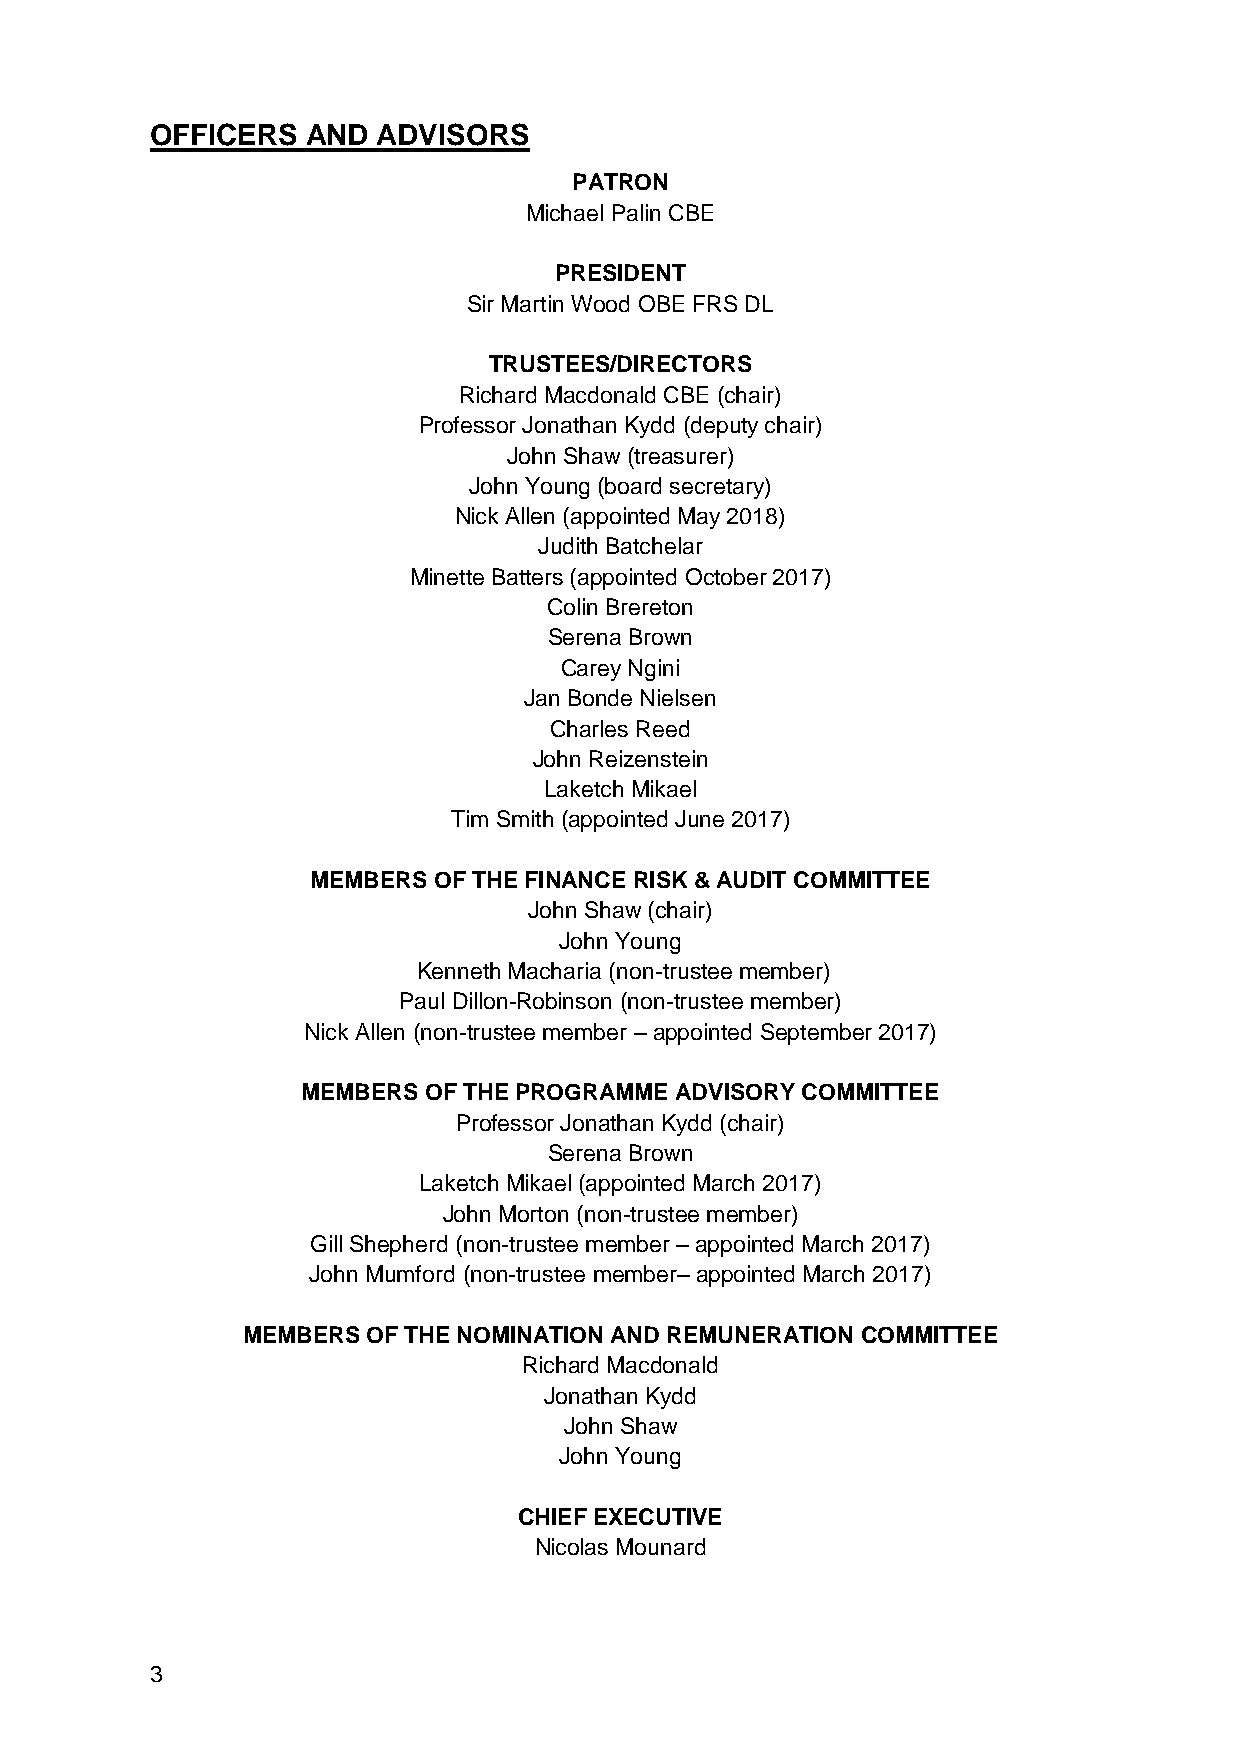
OFFICERS  AND  ADVISORS
 PATRON
 Michael Palin CBE
 PRESIDENT
 Sir Martin Wood OBE FRS DL
 TRUSTEES/DIRECTORS
 Richard Macdonald CBE (chair)
 Professor Jonathan Kydd (deputy chair)
 John Shaw (treasurer)
 John Young (board secretary)
 Nick Allen (appointed May 2018)
 Judith Batchelar
 Minette Batters (appointed October 2017)
 Colin Brereton
 Serena Brown
 Carey Ngini
 Jan Bonde Nielsen
 Charles Reed
 John Reizenstein
 Laketch Mikael
 Tim Smith (appointed June 2017)
 MEMBERS OF THE FINANCE RISK & AUDIT COMMITTEE
 John Shaw (chair)
 John Young
 Kenneth Macharia (non-trustee member)
 Paul Dillon-Robinson (non-trustee member)
 Nick Allen (non-trustee member – appointed September 2017)
 MEMBERS OF THE PROGRAMME ADVISORY COMMITTEE
 Professor Jonathan Kydd (chair)
 Serena Brown
 Laketch Mikael (appointed March 2017)
 John Morton (non-trustee member)
 Gill Shepherd (non-trustee member – appointed March 2017)
 John Mumford (non-trustee member– appointed March 2017)
 MEMBERS OF THE NOMINATION AND REMUNERATION COMMITTEE
 Richard Macdonald
 Jonathan Kydd
 John Shaw
 John Young
 CHIEF EXECUTIVE
 Nicolas Mounard
 3